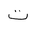
Letter: _ta